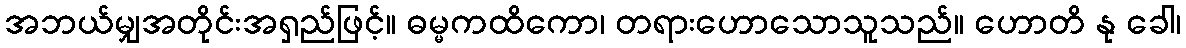
အဘယ်မျှအတိုင်းအရှည်ဖြင့်။ ဓမ္မကထိကော၊ တရားဟောသောသူသည်။ ဟောတိ နု ခေါ၊